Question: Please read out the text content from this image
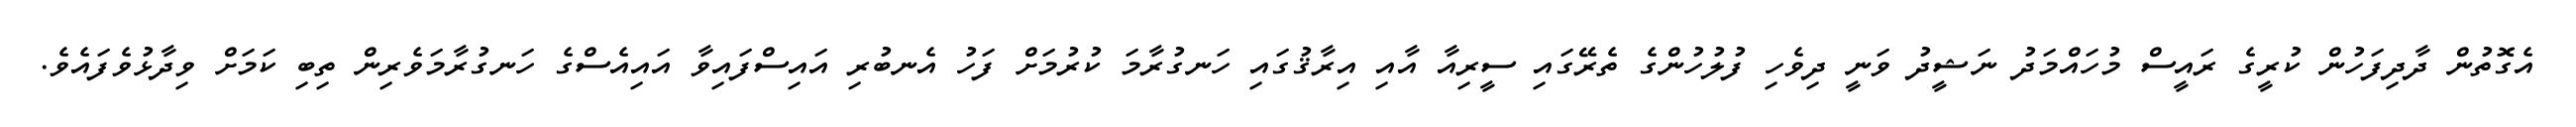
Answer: އެގޮތުން ދާދިފަހުން ކުރީގެ ރައީސް މުހައްމަދު ނަޝީދު ވަނީ ދިވެހި ފުލުހުންގެ ތެރޭގައި ސީރިއާ އާއި އިރާޤުގައި ހަނގުރާމަ ކުރުމަށް ފަހު އެނބުރި އައިސްފައިވާ އައިއެސްގެ ހަނގުރާމަވެރިން ތިބި ކަމަށް ވިދާޅުވެފައެވެ.